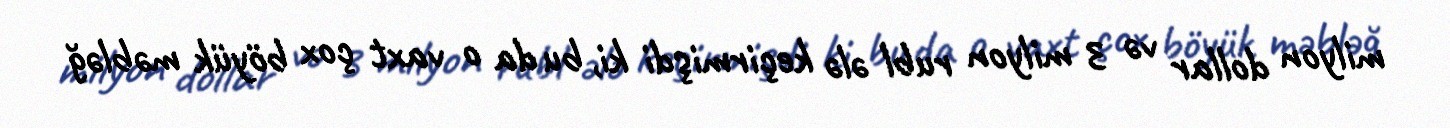
milyon dollar və 3 milyon rubl ələ keçirmişdi ki, bu da o vaxt çox böyük məbləğ